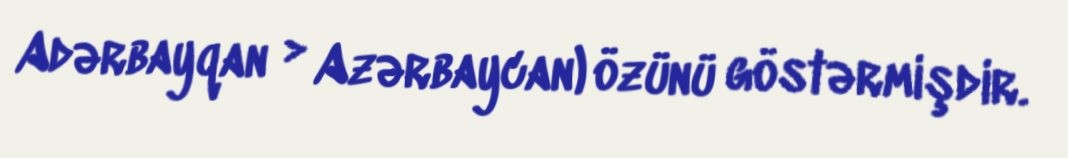
Adərbayqan > Azərbaycan) özünü göstərmişdir.